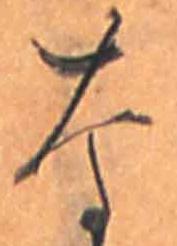
な